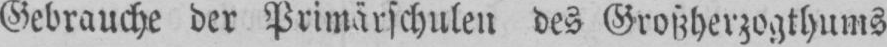
Gebrauche der Primärschulen des Großherzogthums